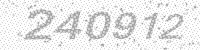
Solution: 240912